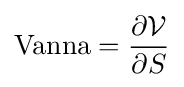
{\textrm {Vanna}}={\frac {\partial {\mathcal {V}}}{\partial S}}